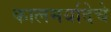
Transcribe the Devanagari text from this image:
कालमर्यादेचे